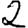
Digit: 2